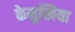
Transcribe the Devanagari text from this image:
केमुखिया